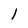
Character: 1